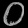
Digit: ၀